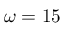
\omega = 1 5